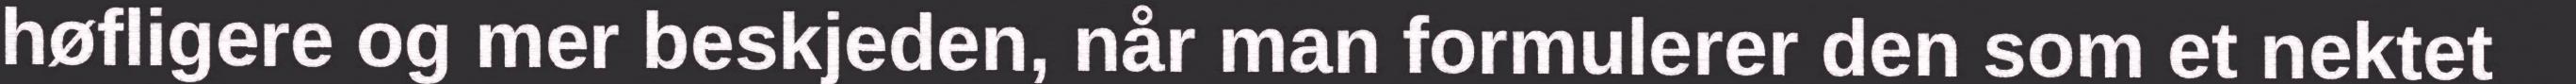
høfligere og mer beskjeden, når man formulerer den som et nektet